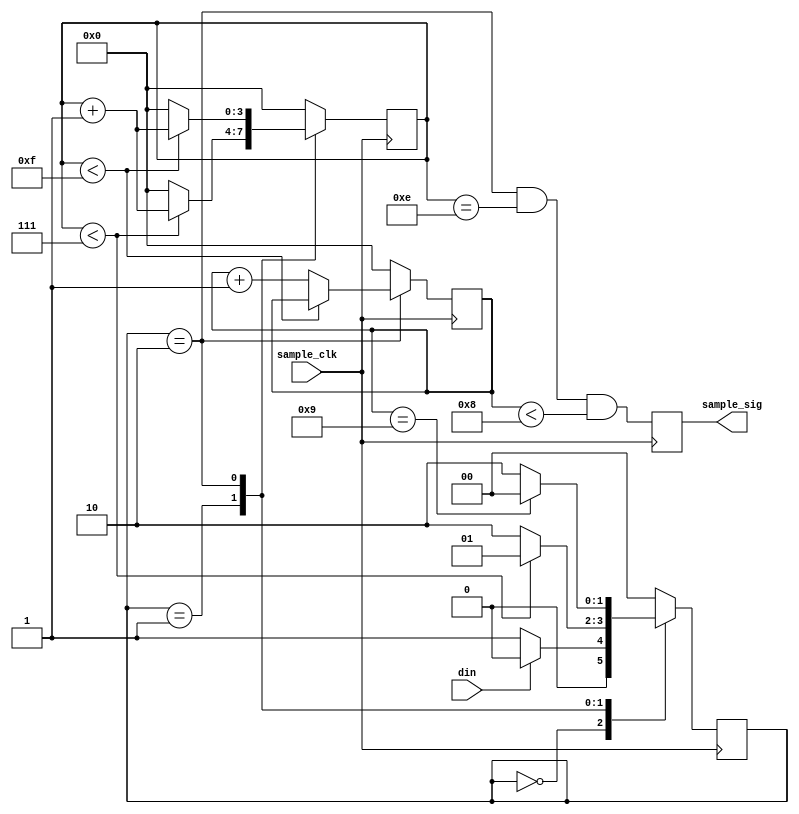
module sampler_3(sample_sig, din, sample_clk);
output reg sample_sig;
input din, sample_clk;
parameter SAMPLE_RATIO = 16;
localparam PADDING_TIME = SAMPLE_RATIO / 2;
reg [1:0] state, next_state;
localparam STANDING_BY = 2'd0,
           PADDING = 2'd1,
           SAMPLING = 2'd2;
reg [3:0] count = 0, next_count,
          bit_count = 0, next_bit_count;
wire next_sample_sig;
always @(*) begin
    case (state)
    STANDING_BY: begin
        next_state = (din ? STANDING_BY : PADDING);
        next_count = 4'b0;
        next_bit_count = 4'b0;
    end
    PADDING: begin  
        if (count < PADDING_TIME - 1) begin
            next_state = PADDING;
            next_count = count + 4'b1;
        end else begin
            next_state = SAMPLING;
            next_count = 4'b0;
        end
        next_bit_count = 4'b0;
    end
    SAMPLING: begin  
        next_state = (bit_count == 4'd9 ? STANDING_BY : SAMPLING);
        if (count < SAMPLE_RATIO - 1) begin
            next_count = count + 4'b1;
            next_bit_count = bit_count;
        end else begin
            next_count = 4'b0;
            next_bit_count = bit_count + 4'b1;
        end
    end
    default: begin
        next_state = 0;
        next_count = 0;
        next_bit_count = 0;
    end
    endcase
end
assign next_sample_sig = (state == SAMPLING &&
                          count == SAMPLE_RATIO - 4'd2 &&
                          bit_count < 4'd8);
always @(posedge sample_clk) begin
    state <= next_state;
    count <= next_count;
    bit_count <= next_bit_count;
    sample_sig <= next_sample_sig;
end
endmodule